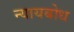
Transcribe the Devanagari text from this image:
न्यायबोध